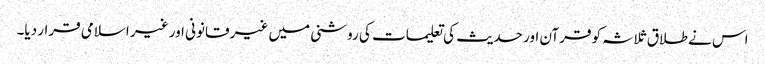
اس نے طلاق ثلاثہ کو قرآن اور حدیث کی تعلیمات کی روشنی میں غیر قانونی اور غیر اسلامی قرار دیا۔